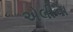
એલીના